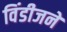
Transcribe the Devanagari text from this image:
विंडीजने